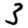
Digit: 3